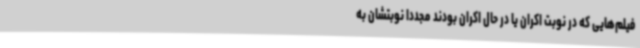
فیلم‌هایی که در نوبت اکران یا در حال اکران بودند مجددا نوبتشان به